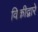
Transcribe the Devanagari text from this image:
विक्रीद्वारे